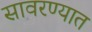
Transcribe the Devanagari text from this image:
सावरण्यात